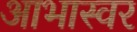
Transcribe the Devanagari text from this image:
आभास्वर